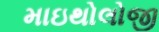
માઇથોલોજી